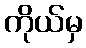
ကိုယ်မှ